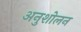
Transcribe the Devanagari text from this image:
अनुशोलन